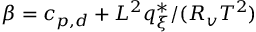
\beta = c _ { p , d } + L ^ { 2 } q _ { \xi } ^ { * } / ( R _ { v } T ^ { 2 } )